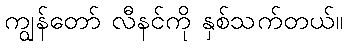
ကျွန်တော် လီနင်ကို နှစ်သက်တယ်။